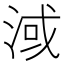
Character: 淢